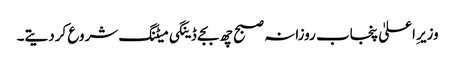
وزیر ِاعلیٰ پنجاب روزانہ صبح چھ بجے ڈینگی میٹنگ شروع کردیتے۔